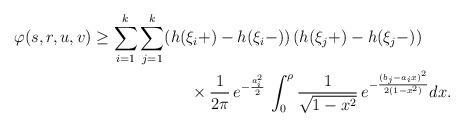
LaTeX: \begin{align*}\begin{aligned}\varphi(s,r,u,v)&\geq\sum_{i=1}^{k} \sum_{j=1}^{k} (h(\xi_i+)-h(\xi_i-))\, (h(\xi_j+)-h(\xi_j-)) \\&\qquad\qquad\qquad\times \frac{1}{2\pi}\,e^{-\frac{a_i^2}{2}}\, \int_0^{\rho} \frac{1}{\sqrt{1-x^2}}\, e^{-\frac{(b_j-a_i x)^2}{2 (1-x^2)}} dx.\end{aligned}\end{align*}